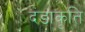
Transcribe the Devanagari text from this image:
दंडाकृति